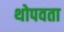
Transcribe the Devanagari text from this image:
थोपवता